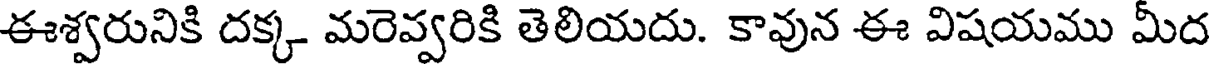
ఈశ్వరునికి దక్క మరెవ్వరికి తెలియదు. కావున ఈ విషయము మీద